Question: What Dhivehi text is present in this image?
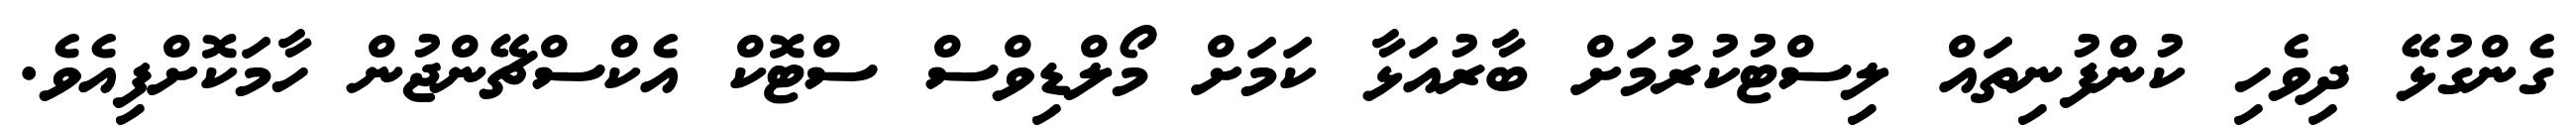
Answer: ގެންގުޅޭ ދިވެހި ކުންފުނިތައް ލިސްޓުކުރުމަށް ބާރުއަޅާ ކަމަށް މޯލްޑިވްސް ސްޓޮކް އެކްސްޗޭންޖުން ހާމަކޮށްފިއެވެ.